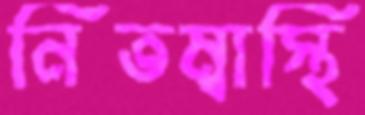
নিতম্বাস্থি